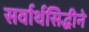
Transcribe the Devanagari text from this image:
सर्वार्थसिद्धीने